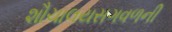
શૌચાલયસગવળની